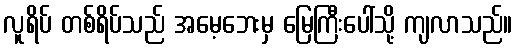
လူရိပ် တစ်ရိပ်သည် အမေ့ဘေးမှ မြေကြီးပေါ်သို့ ကျလာသည်။